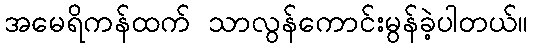
အမေရိကန်ထက် သာလွန်ကောင်းမွန်ခဲ့ပါတယ်။